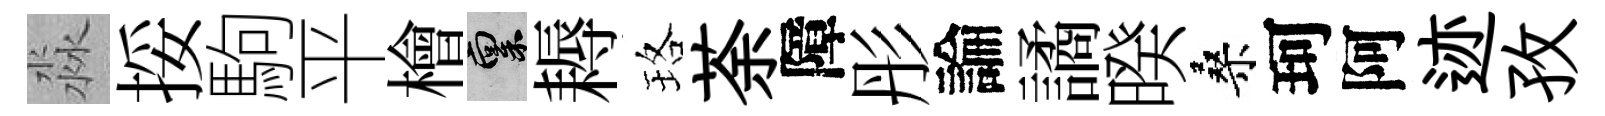
淼挼駒平檜禀耨珞荼障彤論譎暌桑珂阿迹孜